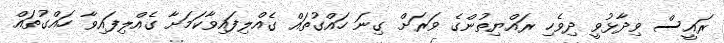
ރައީސް ވިދާޅުވީ ދިވެހި ރައްޔިތުންގެ ވަރަށް ގިނަ ހައްގުތައް ގެއްލިފައިވާކަމަށާ ގެއްލިފައިވާ ހައްގުތައް